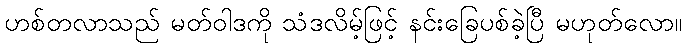
ဟစ်တလာသည် မတ်ဝါဒကို သံဒလိမ့်ဖြင့် နင်းခြေပစ်ခဲ့ပြီ မဟုတ်လော။